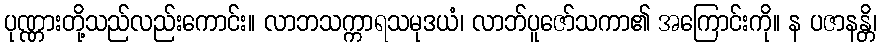
ပုဏ္ဏားတို့သည်လည်းကောင်း။ လာဘသက္ကာရသမုဒယံ၊ လာဘ်ပူဇော်သကာ၏ အကြောင်းကို။ န ပဇာနန္တိ၊